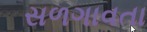
સળગાવતા